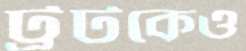
ট্রটকেও